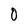
Character: 0